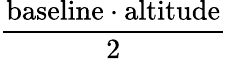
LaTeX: \frac{{\mathrm{baseline}}\cdot{\mathrm{altitude}}}{2}